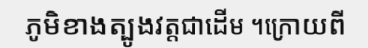
ភូមិខាងត្បូងវត្តជាដើម ។ក្រោយពី